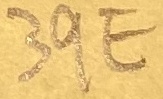
Text: 39E